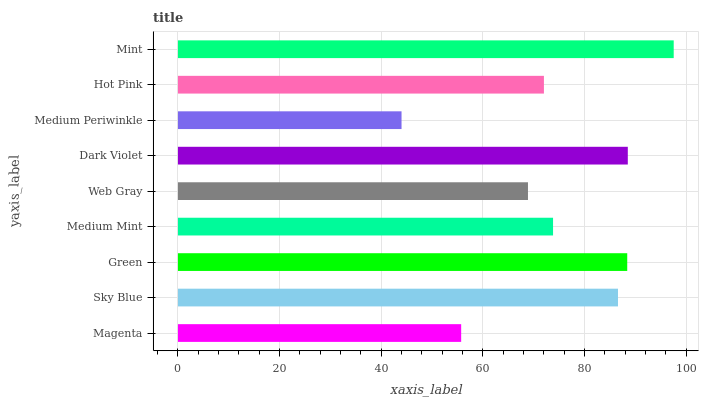
| yaxis_label | bars |
 | --- | --- |
 | Magenta | 55.7 |
 | Sky Blue | 86.6 |
 | Green | 88.4 |
 | Medium Mint | 73.8 |
 | Web Gray | 68.9 |
 | Dark Violet | 88.5 |
 | Medium Periwinkle | 44 |
 | Hot Pink | 72 |
 | Mint | 97.6 |